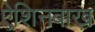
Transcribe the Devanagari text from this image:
ऐशिनबाख़